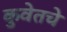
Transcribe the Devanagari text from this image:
कुवेतचे